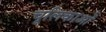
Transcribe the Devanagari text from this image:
चूलिकाओं